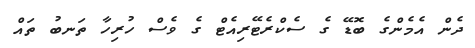
ދެން އެމެންގެ ބޮޑޭ ގެ ސެކްރެޓޭރިއެޓް ގެ ވެސް ހުރިހާ ތަނބު ތައް